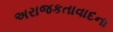
અરાજકતાવાદના